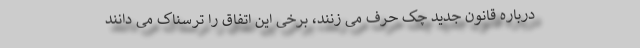
درباره قانون جدید چک حرف می زنند، برخی این اتفاق را ترسناک می دانند